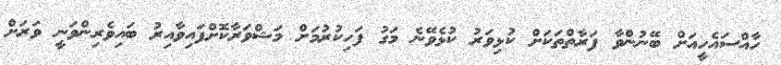
ހާއްސައެހީއަށް ބޭނުންވާ ފަރާތްތަކަށް ކުޅިވަރު ކުޅެވޭނެ މަގު ފަހިކުރުމަށް މަޝްވަރާކޮށްފައިވާއިރު ބައިވެރިންވަނީ ވަރަށް